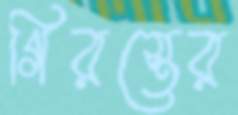
গিরস্তের